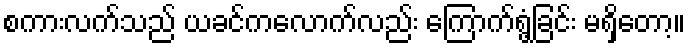
စကားလက်သည် ယခင်ကလောက်လည်း ကြောက်ရွံ့ခြင်း မရှိတော့။